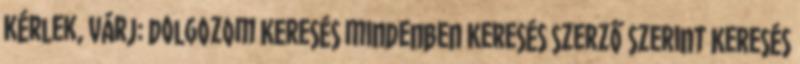
Kérlek, várj: dolgozom Keresés mindenben Keresés szerző szerint Keresés